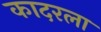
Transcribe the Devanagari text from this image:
कादरला